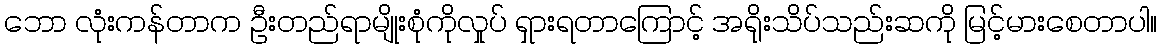
ဘော လုံးကန်တာက ဦးတည်ရာမျိုးစုံကိုလှုပ် ရှားရတာကြောင့် အရိုးသိပ်သည်းဆကို မြင့်မားစေတာပါ။